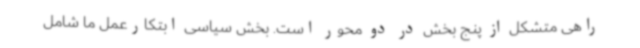
راهی متشکل از پنج بخش در دو محور است. بخش سیاسی ابتکارعمل ما شامل